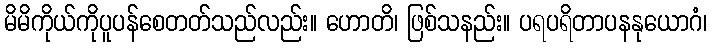
မိမိကိုယ်ကိုပူပန်စေတတ်သည်လည်း။ ဟောတိ၊ ဖြစ်သနည်း။ ပရပရိတာပနနုယောဂံ၊